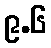
၉.၆